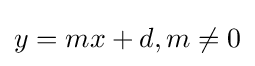
y=mx+d,m\neq 0